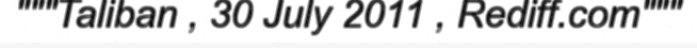
"""Taliban , 30 July 2011 , Rediff.com"""